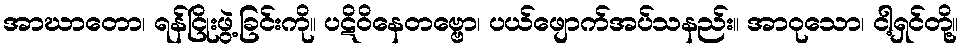
အာဃာတော၊ ရန်ငြိုးဖွဲ့ခြင်းကို။ ပဋိဝိနေတဗ္ဗော၊ ပယ်ဖျောက်အပ်သနည်း။ အာဝုသော၊ ငါ့ရှင်တို့။